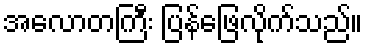
အလောတကြီး ပြန်ဖြေလိုက်သည်။